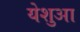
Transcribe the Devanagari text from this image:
येशुआ